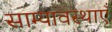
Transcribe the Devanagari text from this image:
साम्यावस्थाएँ